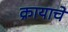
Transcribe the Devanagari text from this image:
क्रायाचे